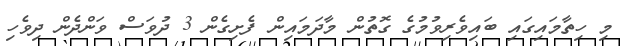
މި ހިތާމައިގައި ބައިވެރިވުމުގެ ގޮތުން މާދަމައިން ފެށިގެން 3 ދުވަސް ވަންދެން ދިވެހި